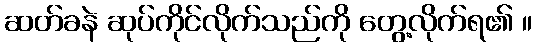
ဆတ်ခနဲ ဆုပ်ကိုင်လိုက်သည်ကို တွေ့လိုက်ရ၏ ။